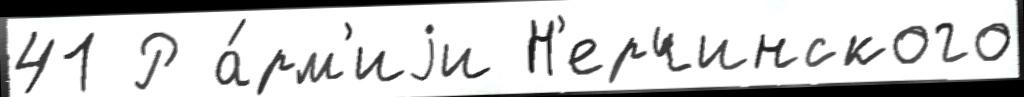
41 Р а́рм'иjи Н'ерчинского